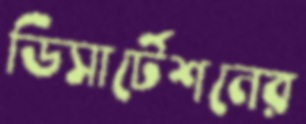
ডিসার্টেশনের